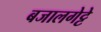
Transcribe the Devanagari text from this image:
बजालगेट्टे